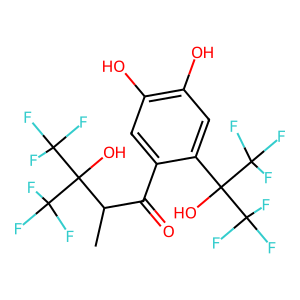
SMILES: CC(C(=O)c1cc(O)c(O)cc1C(O)(C(F)(F)F)C(F)(F)F)C(O)(C(F)(F)F)C(F)(F)F
Inhibits HIV replication: Yes